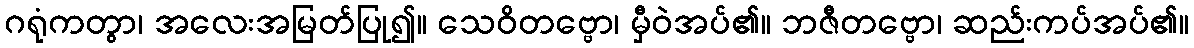
ဂရုံကတွာ၊ အလေးအမြတ်ပြု၍။ သေဝိတဗ္ဗော၊ မှီဝဲအပ်၏။ ဘဇီတဗ္ဗော၊ ဆည်းကပ်အပ်၏။